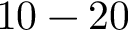
1 0 - 2 0